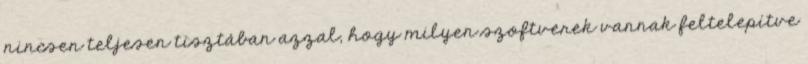
nincsen teljesen tisztában azzal, hogy milyen szoftverek vannak feltelepítve